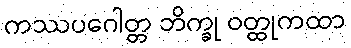
ကဿပဂေါတ္တ ဘိက္ခု ဝတ္ထုကထာ